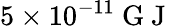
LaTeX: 5\times 10^{-11}\mathrm{~G~J~}